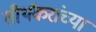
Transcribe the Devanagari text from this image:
तीर्थंकरांच्या